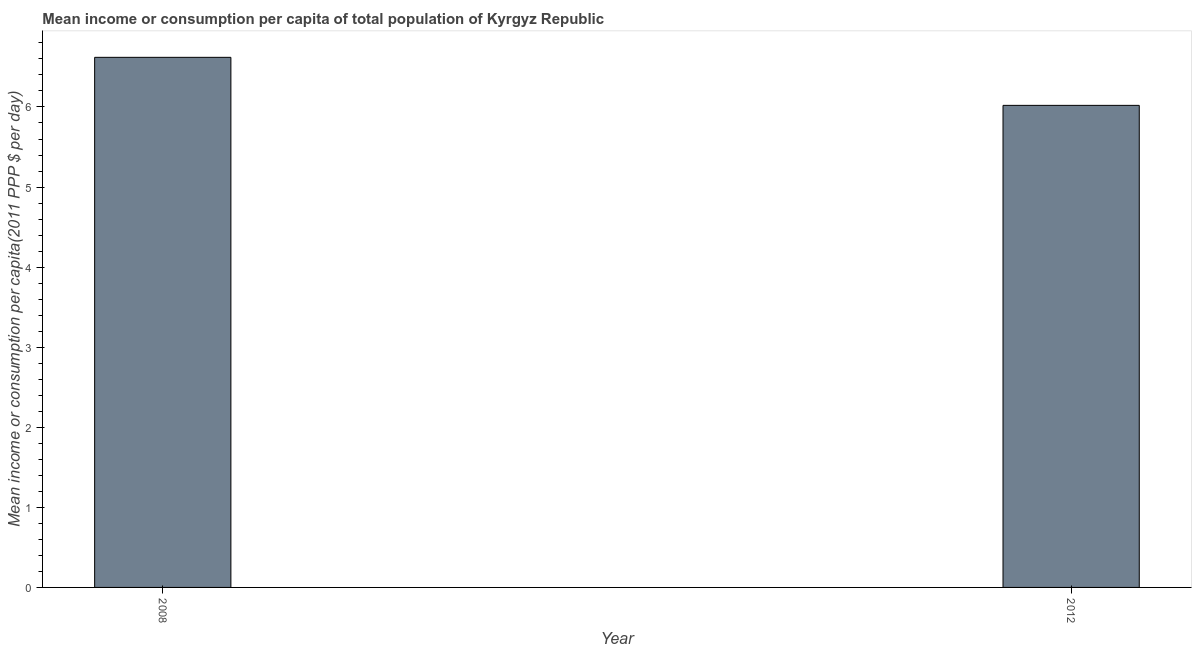
| Year | Total population |
 | --- | --- |
 | 2008 | 6.62 |
 | 2012 | 6.02 |